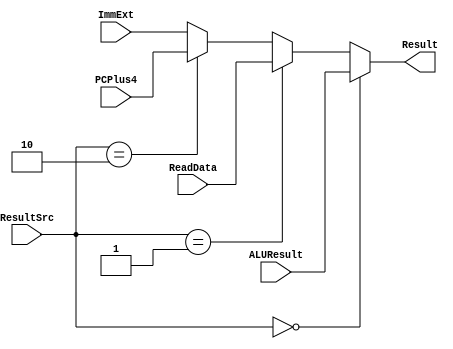
module result_mux (input  [31:0] ALUResult, ReadData, PCPlus4,ImmExt,input  [1:0] ResultSrc,output [31:0] Result);
     assign Result = (ResultSrc==2'b00)?ALUResult:(ResultSrc==2'b01)?ReadData:(ResultSrc==2'b10)?PCPlus4:ImmExt;
endmodule